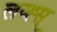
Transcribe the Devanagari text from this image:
लव्ह्स्